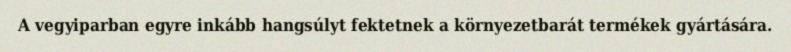
A vegyiparban egyre inkább hangsúlyt fektetnek a környezetbarát termékek gyártására.